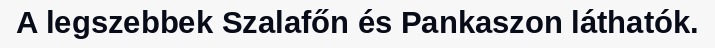
A legszebbek Szalafőn és Pankaszon láthatók.